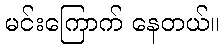
မင်းကြောက် နေတယ်။